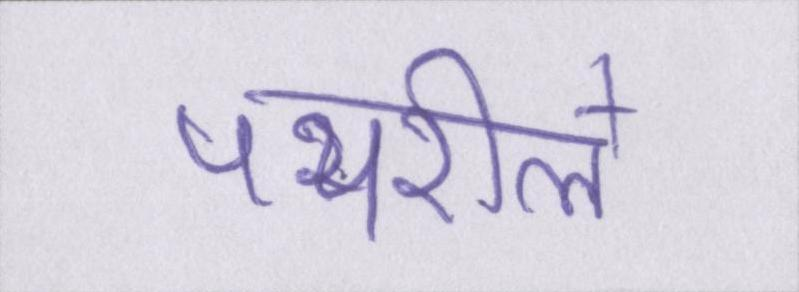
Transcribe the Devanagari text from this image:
पथरीले